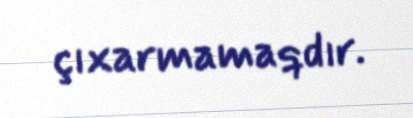
çıxarmamaqdır.